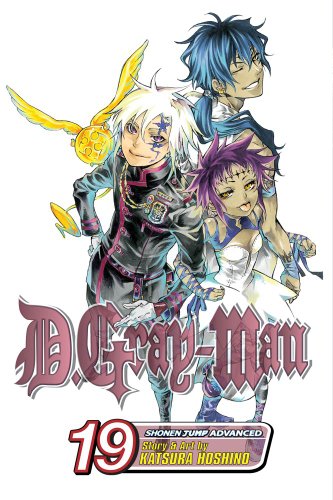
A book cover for D. Gray-Man, Vol. 19; Katsura Hoshino; Comics & Graphic Novels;